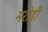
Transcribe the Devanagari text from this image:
मरोड़ी